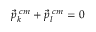
\vec { p } _ { k } ^ { \; c m } + \vec { p } _ { l } ^ { \; c m } = 0